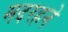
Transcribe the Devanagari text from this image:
मदरहने